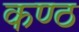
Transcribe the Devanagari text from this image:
कण्‍ठ